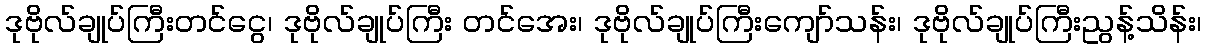
ဒုဗိုလ်ချုပ်ကြီးတင်ငွေ၊ ဒုဗိုလ်ချုပ်ကြီး တင်အေး၊ ဒုဗိုလ်ချုပ်ကြီးကျော်သန်း၊ ဒုဗိုလ်ချုပ်ကြီးညွန့်သိန်း၊